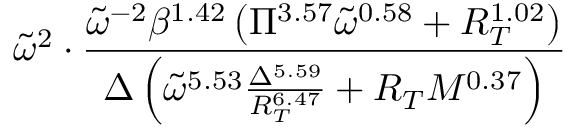
\widetilde \omega ^ { 2 } \cdot \frac { \widetilde { \omega } ^ { - 2 } \beta ^ { 1 . 4 2 } \left( \Pi ^ { 3 . 5 7 } \widetilde { \omega } ^ { 0 . 5 8 } + R _ { T } ^ { 1 . 0 2 } \right) } { \Delta \left( \widetilde { \omega } ^ { 5 . 5 3 } \frac { \Delta ^ { 5 . 5 9 } } { R _ { T } ^ { 6 . 4 7 } } + R _ { T } M ^ { 0 . 3 7 } \right) }